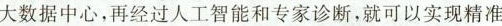
大数据中心，再经过人工智能和专家诊断，就可以实现精准